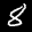
Label: 8